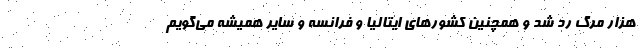
هزار مرگ رد شد و همچنین کشورهای ایتالیا و فرانسه و سایر همیشه می‌گویم